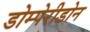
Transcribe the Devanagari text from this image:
डोम्पेरीडोन